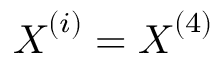
\boldsymbol { X } ^ { ( i ) } = \boldsymbol { X } ^ { ( 4 ) }